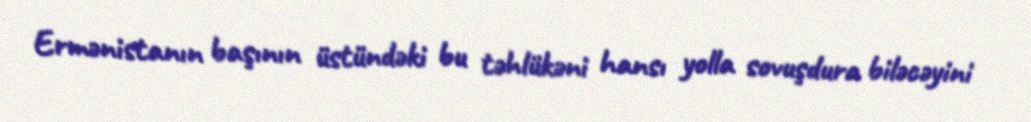
Ermənistanın başının üstündəki bu təhlükəni hansı yolla sovuşdura biləcəyini